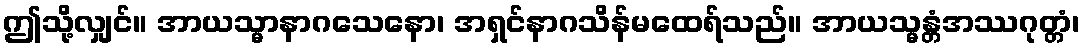
ဤသို့လျှင်။ အာယသ္မာနာဂသေနော၊ အရှင်နာဂသိန်မထေရ်သည်။ အာယသ္မန္တံအဿဂုတ္တံ၊